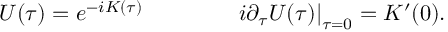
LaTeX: U ( \tau ) = e ^ { - i K ( \tau ) } \qquad \qquad \left. i \partial _ { \tau } U ( \tau ) \right| _ { \tau = 0 } = K ^ { \prime } ( 0 ) .